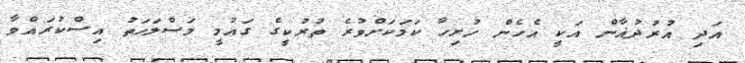
އަދި އުރުދުޣާން އަކީ އެހެން ހުރިހާ ކަމަކަށްވުރެ ތުރުކީގެ ގައުމީ މަސްލަހަތު އިސްކުރައްވާ